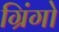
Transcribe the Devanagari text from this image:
ग्रिंगो